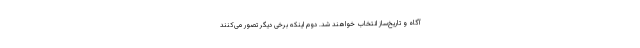
آگاه و تاریخ‌ساز انتخاب خواهند شد. دوم اینکه برخی دیگر تصور می‌کنند